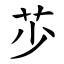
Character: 䒚